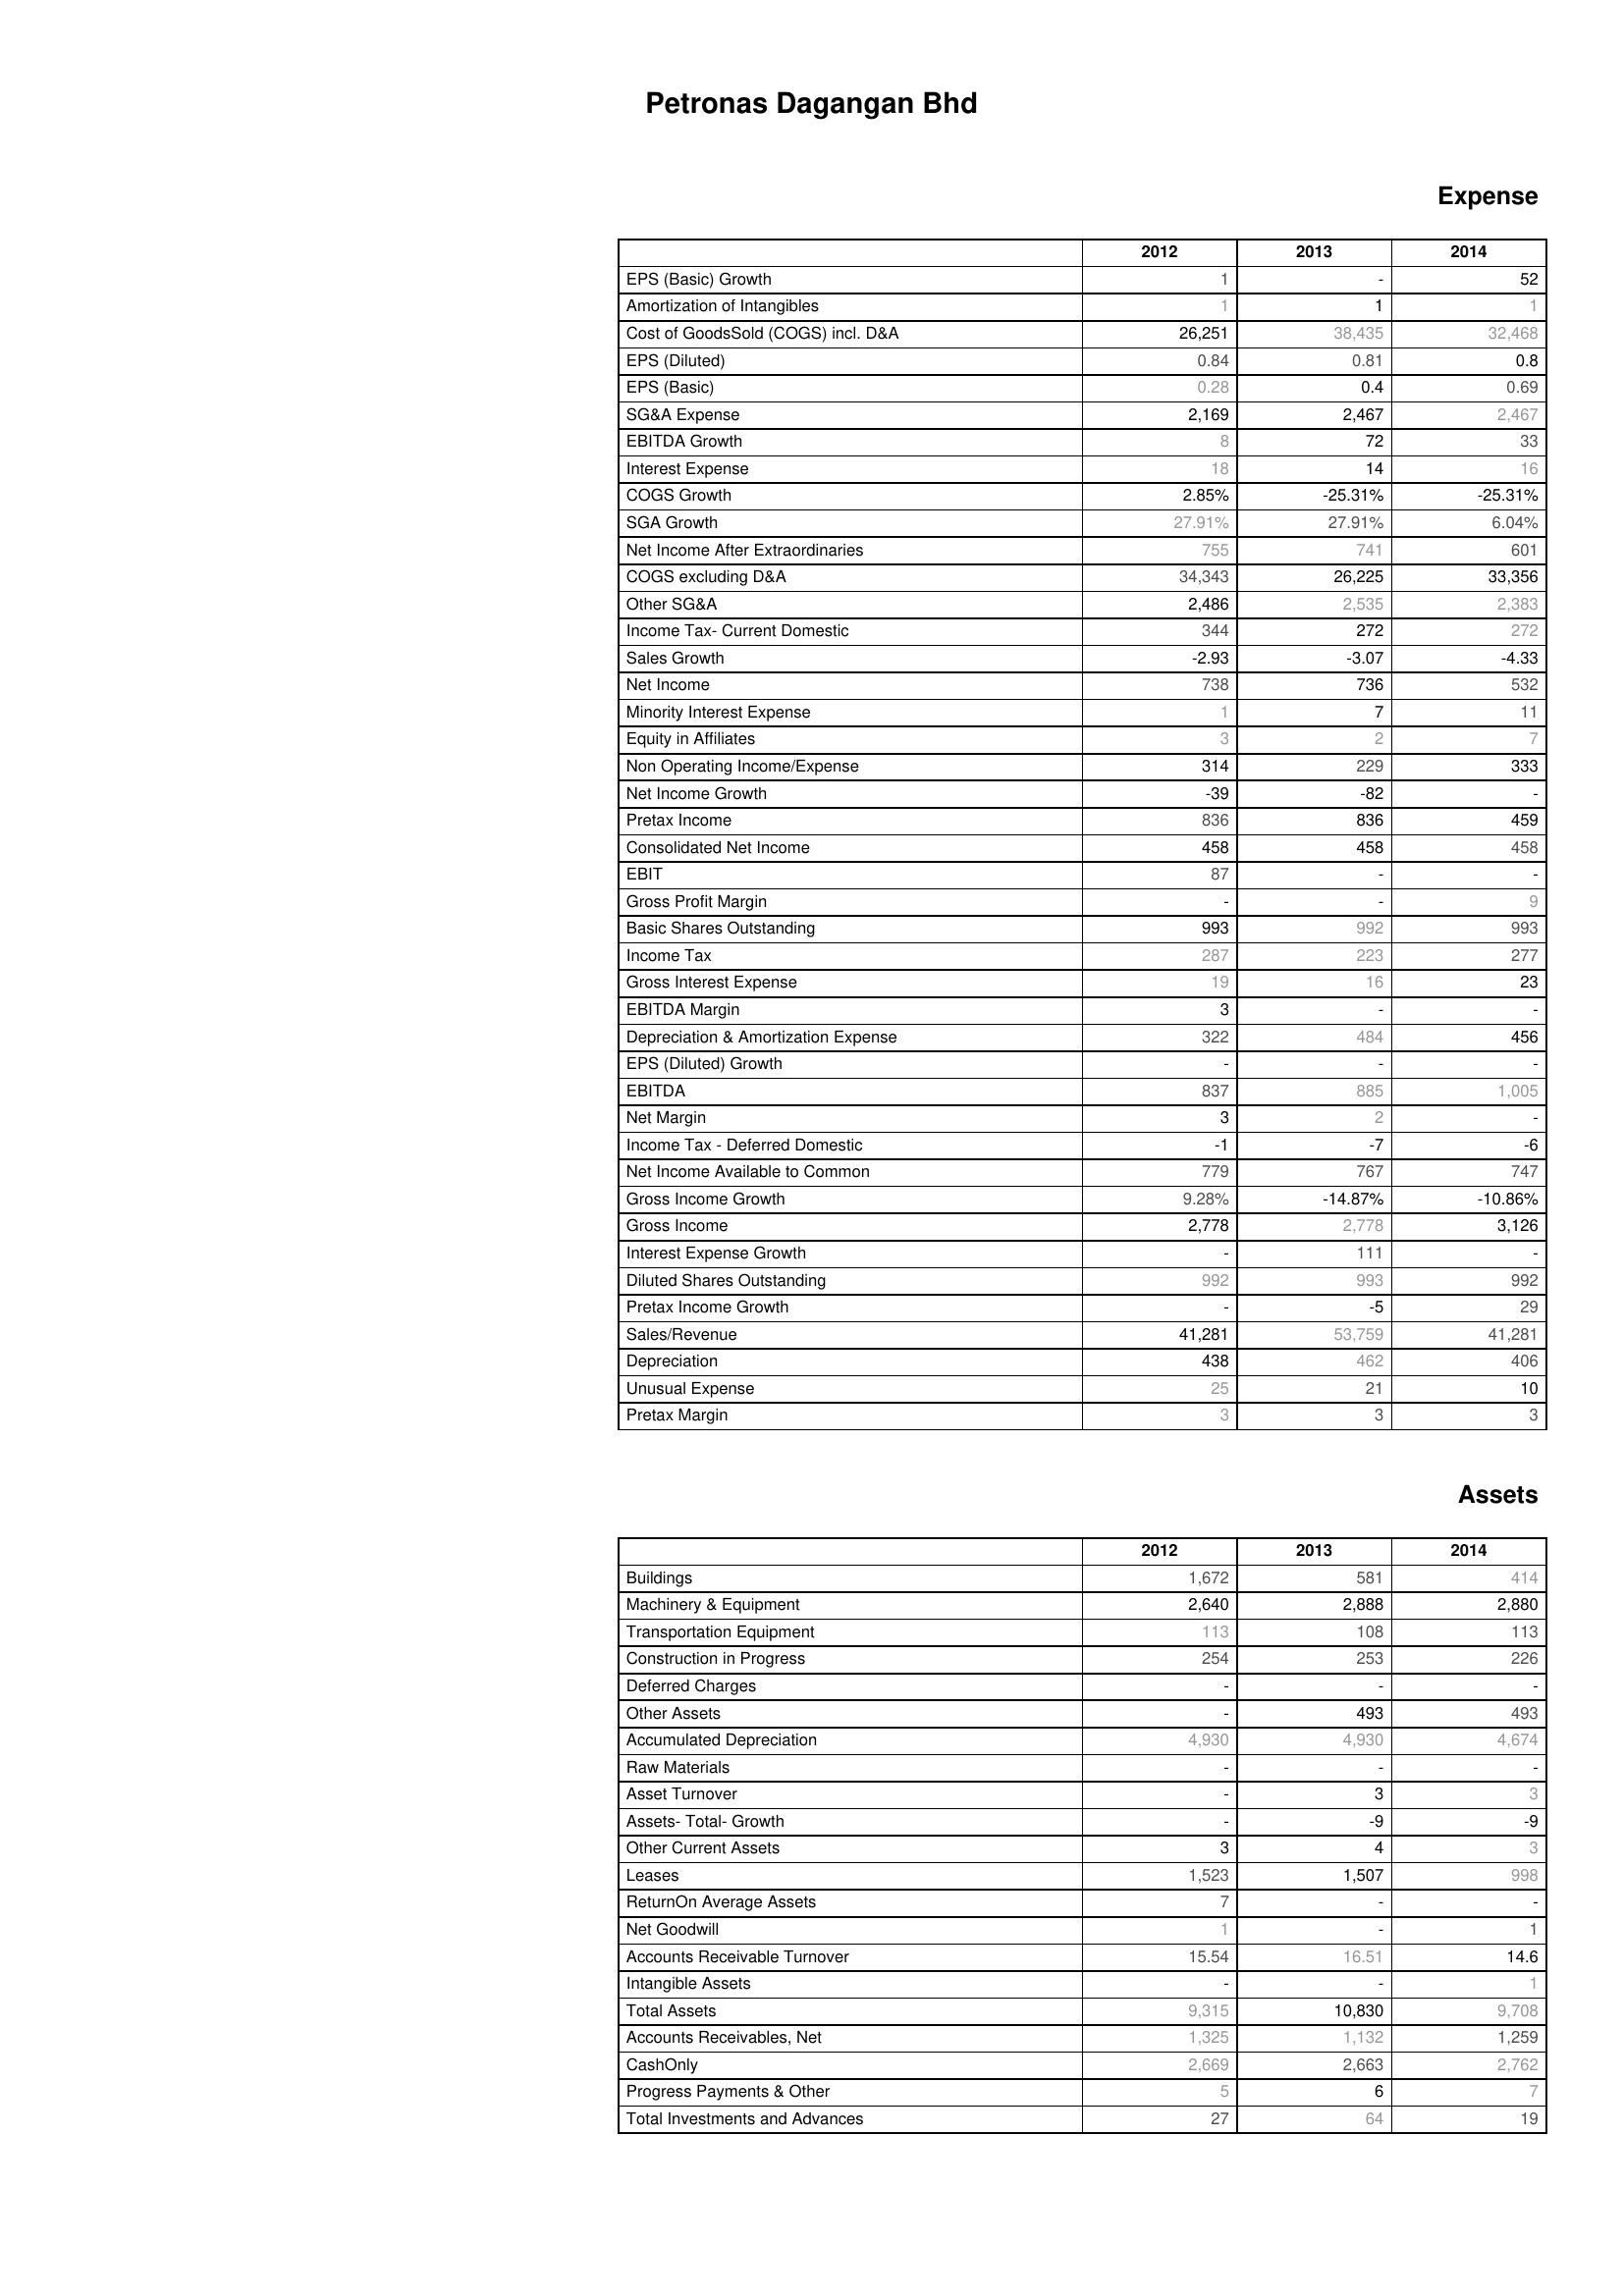
2012: Expense: EPS (Basic) Growth: 1
Amortization of Intangibles: 1
Cost of GoodsSold (COGS) incl. D&A: 26,251
EPS (Diluted): 0.84
EPS (Basic): 0.28
SG&A Expense: 2,169
EBITDA Growth: 8
Interest Expense: 18
COGS Growth: 2.85%
SGA Growth: 27.91%
Net Income After Extraordinaries: 755
COGS excluding D&A: 34,343
Other SG&A: 2,486
Income Tax- Current Domestic: 344
Sales Growth: -2.93
Net Income: 738
Minority Interest Expense: 1
Equity in Affiliates: 3
Non Operating Income/Expense: 314
Net Income Growth: -39
Pretax Income: 836
Consolidated Net Income: 458
EBIT: 87
Gross Profit Margin: -
Basic Shares Outstanding: 993
Income Tax: 287
Gross Interest Expense: 19
EBITDA Margin: 3
Depreciation & Amortization Expense: 322
EPS (Diluted) Growth: -
EBITDA: 837
Net Margin: 3
Income Tax - Deferred Domestic: -1
Net Income Available to Common: 779
Gross Income Growth: 9.28%
Gross Income: 2,778
Interest Expense Growth: -
Diluted Shares Outstanding: 992
Pretax Income Growth: -
Sales/Revenue: 41,281
Depreciation: 438
Unusual Expense: 25
Pretax Margin: 3
Assets: Buildings: 1,672
Machinery & Equipment: 2,640
Transportation Equipment: 113
Construction in Progress: 254
Deferred Charges: -
Other Assets: -
Accumulated Depreciation: 4,930
Raw Materials: -
Asset Turnover: -
Assets- Total- Growth: -
Other Current Assets: 3
Leases: 1,523
ReturnOn Average Assets: 7
Net Goodwill: 1
Accounts Receivable Turnover: 15.54
Intangible Assets: -
Total Assets: 9,315
Accounts Receivables, Net: 1,325
CashOnly: 2,669
Progress Payments & Other: 5
Total Investments and Advances: 27
2013: Expense: EPS (Basic) Growth: -
Amortization of Intangibles: 1
Cost of GoodsSold (COGS) incl. D&A: 38,435
EPS (Diluted): 0.81
EPS (Basic): 0.4
SG&A Expense: 2,467
EBITDA Growth: 72
Interest Expense: 14
COGS Growth: -25.31%
SGA Growth: 27.91%
Net Income After Extraordinaries: 741
COGS excluding D&A: 26,225
Other SG&A: 2,535
Income Tax- Current Domestic: 272
Sales Growth: -3.07
Net Income: 736
Minority Interest Expense: 7
Equity in Affiliates: 2
Non Operating Income/Expense: 229
Net Income Growth: -82
Pretax Income: 836
Consolidated Net Income: 458
EBIT: -
Gross Profit Margin: -
Basic Shares Outstanding: 992
Income Tax: 223
Gross Interest Expense: 16
EBITDA Margin: -
Depreciation & Amortization Expense: 484
EPS (Diluted) Growth: -
EBITDA: 885
Net Margin: 2
Income Tax - Deferred Domestic: -7
Net Income Available to Common: 767
Gross Income Growth: -14.87%
Gross Income: 2,778
Interest Expense Growth: 111
Diluted Shares Outstanding: 993
Pretax Income Growth: -5
Sales/Revenue: 53,759
Depreciation: 462
Unusual Expense: 21
Pretax Margin: 3
Assets: Buildings: 581
Machinery & Equipment: 2,888
Transportation Equipment: 108
Construction in Progress: 253
Deferred Charges: -
Other Assets: 493
Accumulated Depreciation: 4,930
Raw Materials: -
Asset Turnover: 3
Assets- Total- Growth: -9
Other Current Assets: 4
Leases: 1,507
ReturnOn Average Assets: -
Net Goodwill: -
Accounts Receivable Turnover: 16.51
Intangible Assets: -
Total Assets: 10,830
Accounts Receivables, Net: 1,132
CashOnly: 2,663
Progress Payments & Other: 6
Total Investments and Advances: 64
2014: Expense: EPS (Basic) Growth: 52
Amortization of Intangibles: 1
Cost of GoodsSold (COGS) incl. D&A: 32,468
EPS (Diluted): 0.8
EPS (Basic): 0.69
SG&A Expense: 2,467
EBITDA Growth: 33
Interest Expense: 16
COGS Growth: -25.31%
SGA Growth: 6.04%
Net Income After Extraordinaries: 601
COGS excluding D&A: 33,356
Other SG&A: 2,383
Income Tax- Current Domestic: 272
Sales Growth: -4.33
Net Income: 532
Minority Interest Expense: 11
Equity in Affiliates: 7
Non Operating Income/Expense: 333
Net Income Growth: -
Pretax Income: 459
Consolidated Net Income: 458
EBIT: -
Gross Profit Margin: 9
Basic Shares Outstanding: 993
Income Tax: 277
Gross Interest Expense: 23
EBITDA Margin: -
Depreciation & Amortization Expense: 456
EPS (Diluted) Growth: -
EBITDA: 1,005
Net Margin: -
Income Tax - Deferred Domestic: -6
Net Income Available to Common: 747
Gross Income Growth: -10.86%
Gross Income: 3,126
Interest Expense Growth: -
Diluted Shares Outstanding: 992
Pretax Income Growth: 29
Sales/Revenue: 41,281
Depreciation: 406
Unusual Expense: 10
Pretax Margin: 3
Assets: Buildings: 414
Machinery & Equipment: 2,880
Transportation Equipment: 113
Construction in Progress: 226
Deferred Charges: -
Other Assets: 493
Accumulated Depreciation: 4,674
Raw Materials: -
Asset Turnover: 3
Assets- Total- Growth: -9
Other Current Assets: 3
Leases: 998
ReturnOn Average Assets: -
Net Goodwill: 1
Accounts Receivable Turnover: 14.6
Intangible Assets: 1
Total Assets: 9,708
Accounts Receivables, Net: 1,259
CashOnly: 2,762
Progress Payments & Other: 7
Total Investments and Advances: 19